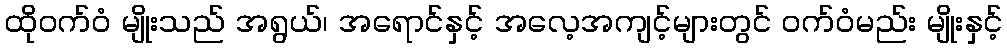
ထိုဝက်ဝံ မျိုးသည် အရွယ်၊ အရောင်နှင့် အလေ့အကျင့်များတွင် ဝက်ဝံမည်း မျိုးနှင့်